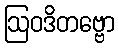
ဩဝဒိတဗ္ဗော